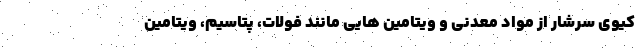
کیوی سرشار از مواد معدنی و ویتامین هایی مانند فولات، پتاسیم، ویتامین